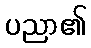
ပညာ၏